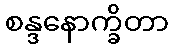
စန္ဒနောက္ခိတာ